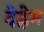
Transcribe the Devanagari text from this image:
देह्लेम